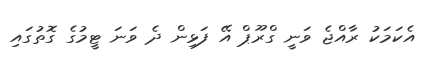
އެކަމަކު ރާއްޖެ ވަނީ ގްރޫޕް އޭ ފަޅިން ދެ ވަނަ ޓީމުގެ ގޮތުގައި